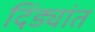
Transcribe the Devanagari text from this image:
दिंड्यांत